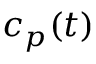
c _ { p } ( t )